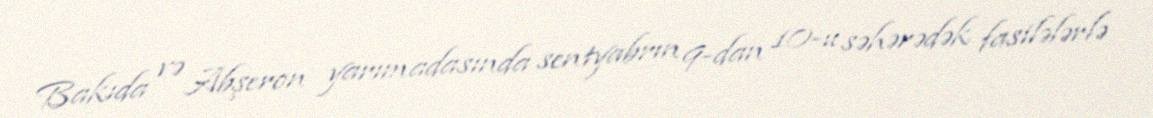
Bakıda və Abşeron yarımadasında sentyabrın 9-dan 10-u səhərədək fasilələrlə